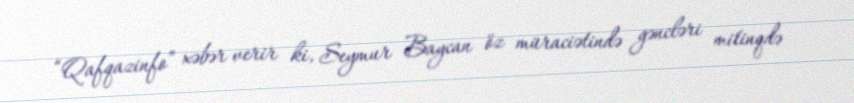
“Qafqazinfo” xəbər verir ki, Seymur Baycan öz müraciətində gəncləri mitinqdə